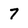
Character: 7